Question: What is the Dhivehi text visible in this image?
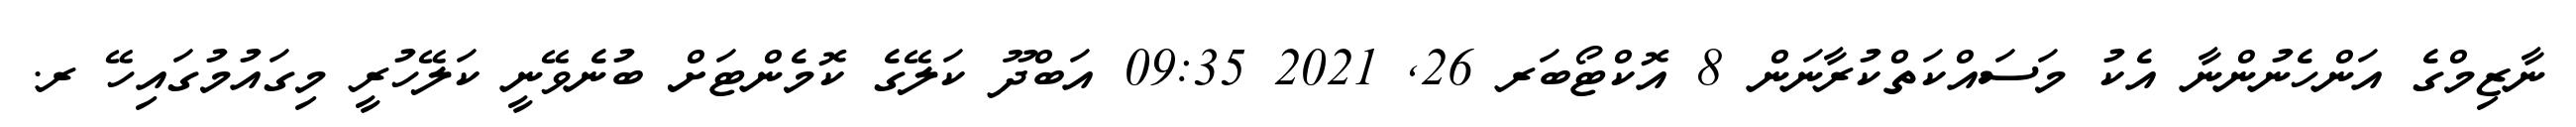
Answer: ނާޒިމްގެ އަންހެނުންނާ އެކު މަސައްކަތްކުރާނަން 8 އޮކްޓޯބަރ 26, 2021 09:35 އަބްދޫ ކަލޭގެ ކޮމެންޓަށް ބުނެވޭނީ ކަލޭހުރީ މިގައުމުގައިހޭ ރ.